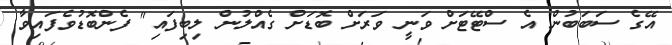
އޭގެ ސަބަބުން އެ ސްޓޭޓަށް ވަނީ ވަރަށް ބޮޑަށް ގެއްލުން ލިބިފައި" ފެންބޮޑުވެފައިވާ